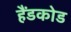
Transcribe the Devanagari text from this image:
हैंडकोड